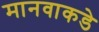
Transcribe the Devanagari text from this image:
मानवाकडे